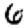
Digit: 6